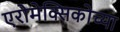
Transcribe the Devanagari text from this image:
एरोमेक्सिकोच्या